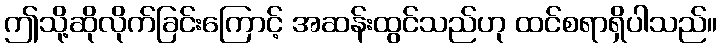
ဤသို့ဆိုလိုက်ခြင်းကြောင့် အဆန်းထွင်သည်ဟု ထင်စရာရှိပါသည်။